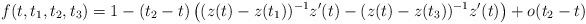
LaTeX: \begin{align*}f(t,t_1,t_2,t_3)=1-(t_2-t)\left((z(t)-z(t_1))^{-1}z'(t)-(z(t)-z(t_3))^{-1}z'(t)\right)+o(t_2-t)\end{align*}